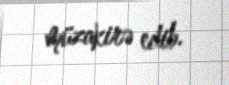
müzakirə edib.